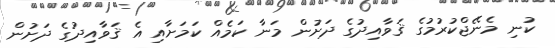
ކުނި މެނޭޖްކުރުމުގެ ޤަވާއިދުގެ ދަށުން މަނާ ކަމެއް ކަމަށާއި އެ ޤަވާއިދުގެ ދަށުން